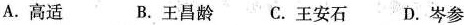
A.高适 B.王昌龄 C.王安石 D.岑参